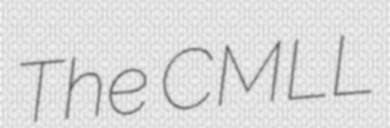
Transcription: The CMLL